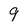
Character: 9